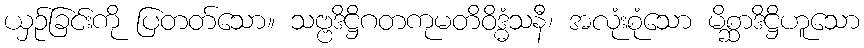
ယှဉ်ခြင်းကို ပြတတ်သော။ သဗ္ဗဒိဋ္ဌိဂတကုမတိဝိဒ္ဓံသနီ၊ အလုံးစုံသော မိစ္ဆာဒိဋ္ဌိဟူသော